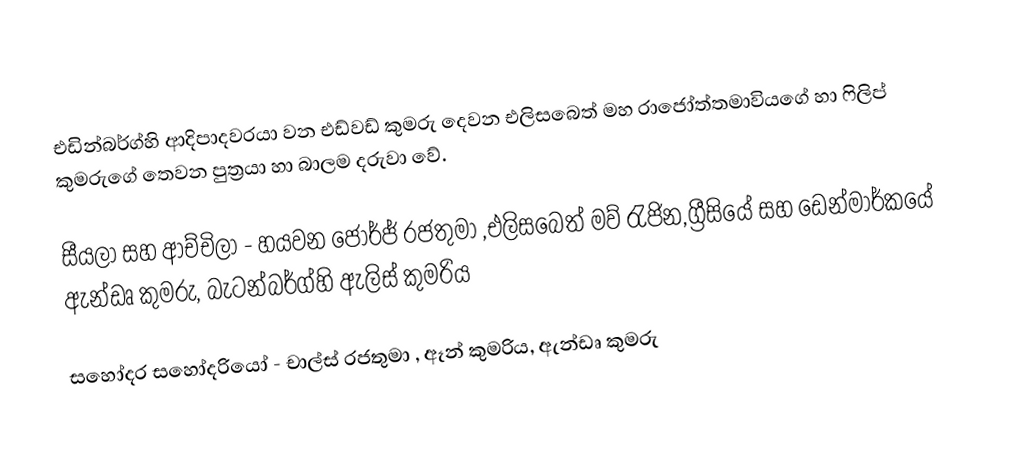
එඩින්බර්ග්හි ආදිපාදවරයා වන එඩ්වඩ් කුමරු දෙවන එලිසබෙත් මහ රාජෝත්තමාවියගේ හා ෆිලිප් කුමරුගේ තෙවන පුත්‍රයා හා බාලම දරුවා වේ.

සීයලා සහ ආච්චිලා -  හයවන ජෝර්ජ් රජතුමා ,එලිසබෙත් මව් රැජින,ග්‍රීසියේ සහ ඩෙන්මාර්කයේ ඇන්ඩෘ කුමරු, බැටන්බර්ග්හි ඇලිස් කුමරිය

සහෝදර සහෝදරියෝ - චාල්ස් රජතුමා , ඈන් කුමරිය, ඇන්ඩෘ කුමරු